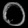
Digit: ၀